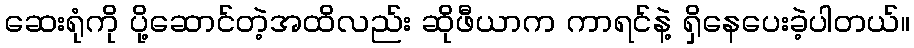
ဆေးရုံကို ပို့ဆောင်တဲ့အထိလည်း ဆိုဖီယာက ကာရင်နဲ့ ရှိနေပေးခဲ့ပါတယ်။